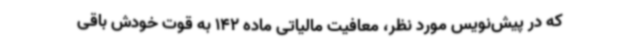
که در پیش‌نویس مورد نظر، معافیت مالیاتی ماده 142 به قوت خودش باقی